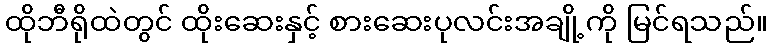
ထိုဘီရိုထဲတွင် ထိုးဆေးနှင့် စားဆေးပုလင်းအချို့ကို မြင်ရသည်။